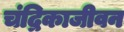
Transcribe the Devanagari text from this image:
चंद्रिकाजीवन